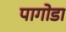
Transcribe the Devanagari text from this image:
पागोडा